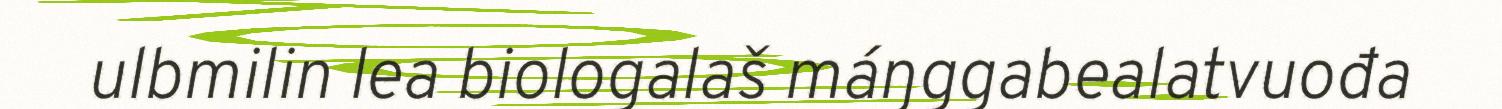
ulbmilin lea biologalaš máŋggabealatvuođa